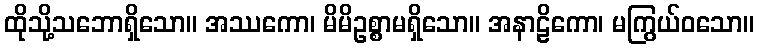
ထိုသို့သဘောရှိသော။ အဿကော၊ မိမိဥစ္စာမရှိသော။ အနာဠိကော၊ မကြွယ်ဝသော။